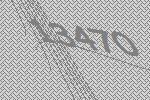
13470